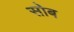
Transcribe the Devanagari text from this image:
सोब